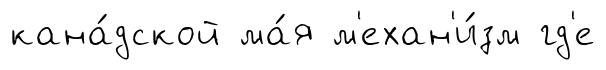
кана́дской ма́я м'ехан'и́зм гд'е